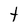
Character: t